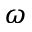
\omega